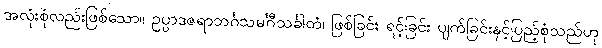
အလုံးစုံလည်းဖြစ်သော။ ဥပ္ပာဒဇရာဘင်္ဂသမင်္ဂီသင်္ခါတံ၊ ဖြစ်ခြင်း ရင့်ခြင်း ပျက်ခြင်းနှင့်ပြည့်စုံသည်ဟု